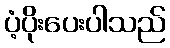
ပံ့ပိုးပေးပါသည်